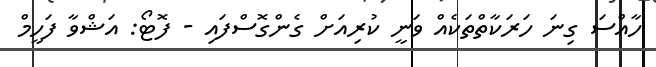
ހާއްސަ ގިނަ ހަރަކާތްތަކެއް ވަނީ ކުރިއަށް ގެންގޮސްފައި - ފޮޓޯ: އަޝްވާ ފަހީމް